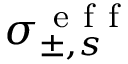
\sigma _ { \pm , s } ^ { \mathrm { ~ e ~ f ~ f ~ } }